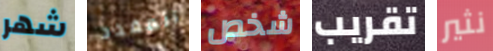
شهر المقدد شخص تقريب نثير